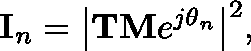
\begin{array} { r } { { \bf { I } } _ { n } = { \left| { \bf { T M } } e ^ { j { \mathbf { \theta } } _ { n } } \right| } ^ { 2 } , } \end{array}